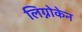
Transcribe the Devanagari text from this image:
लिग्नोकेन